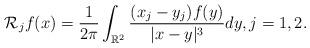
LaTeX: \begin{align*}\mathcal{R}_{j}f(x)=\frac{1}{2\pi} \int_{\mathbb{R}^{2}} \frac{(x_{j}-y_{j})f(y)}{|x-y|^{3}}dy, j=1,2. \end{align*}